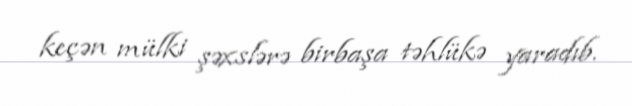
keçən mülki şəxslərə birbaşa təhlükə yaradıb.